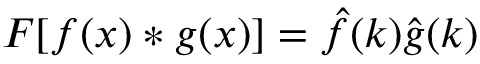
F [ f ( x ) * g ( x ) ] = \hat { f } ( k ) \hat { g } ( k )